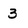
Character: 3